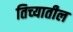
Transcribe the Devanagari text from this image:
तिच्‍यातील